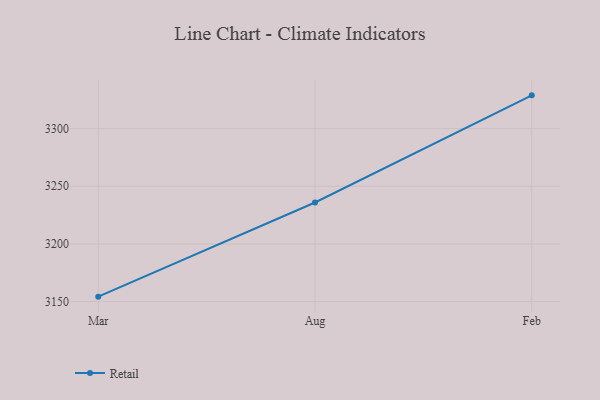
{"axis": {"x": "Month", "y": "Backlog"}, "legend": ["Retail"], "data": [{"x": "Mar", "y": 3154.3, "type": "Retail"}, {"x": "Aug", "y": 3235.9, "type": "Retail"}, {"x": "Feb", "y": 3328.8, "type": "Retail"}]}